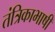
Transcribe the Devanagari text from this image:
तंत्रिकाभाषी